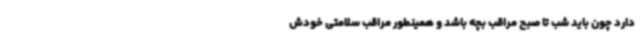
دارد چون باید شب تا صبح مراقب بچه باشد و همینطور مراقب سلامتی خودش